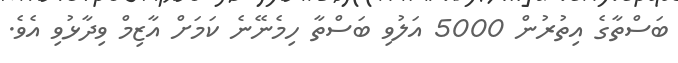
ބަސްތާގެ އިތުރުން 5000 އަލުވި ބަސްތާ ހިމެނޭނެ ކަމަށް އާޒިމް ވިދާޅުވި އެވެ.